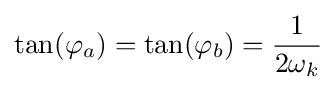
\tan(\varphi _{a})=\tan(\varphi _{b})={\frac {1}{2\omega _{k}}}